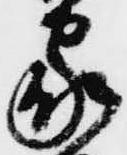
家